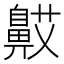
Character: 𬹯